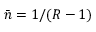
\bar { n } = 1 / ( R - 1 )